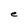
Character: e